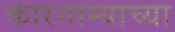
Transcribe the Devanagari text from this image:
कारनाम्याच्या